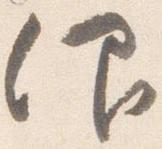
仰